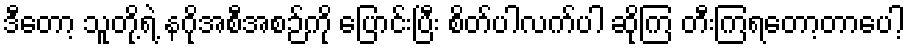
ဒီတော့ သူတို့ရဲ့ နဂိုအစီအစဉ်ကို ပြောင်းပြီး စိတ်ပါလက်ပါ ဆိုကြ တီးကြရတော့တာပေါ့